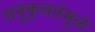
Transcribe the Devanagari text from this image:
अनुकूलतेमुळे